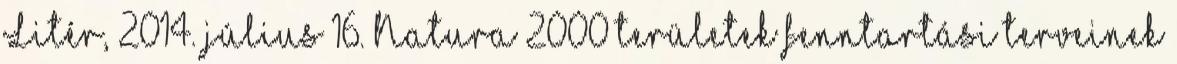
Litér, 2014. július 16. Natura 2000 területek fenntartási terveinek